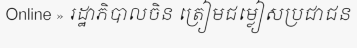
Online » រដ្ឋាភិបាលចិន ត្រៀមជម្លៀសប្រជាជន